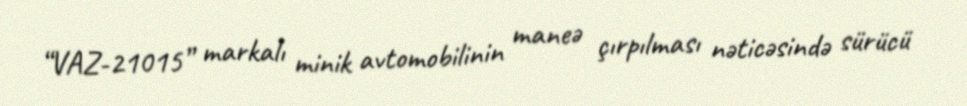
“VAZ-21015” markalı minik avtomobilinin maneə çırpılması nəticəsində sürücü